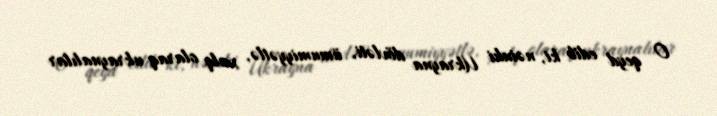
O qeyd edib ki, nəinki Ukrayna dövləti, ümumiyyətlə, xalq olaraq ukraynalılar